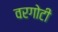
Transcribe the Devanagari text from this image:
वरगोटी